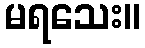
မရသေး။